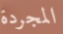
المجردة